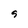
Character: 9